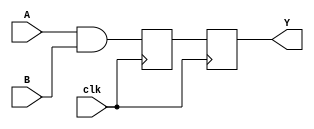
module NAND_Delay (
    input wire A,
    input wire B,
    input wire clk,
    output reg Y
);

reg internal_sig;

always @ (posedge clk) begin
    internal_sig <= A & B;
    Y <= internal_sig;
end

endmodule